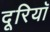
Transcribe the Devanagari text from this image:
दूरियॉ